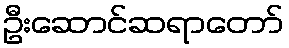
ဦးဆောင်ဆရာတော်